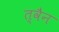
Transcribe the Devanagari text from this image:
त्वैन